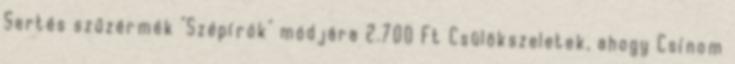
Sertés szűzérmék "Szépírók" módjára 2.700 Ft Csülökszeletek, ahogy Csínom